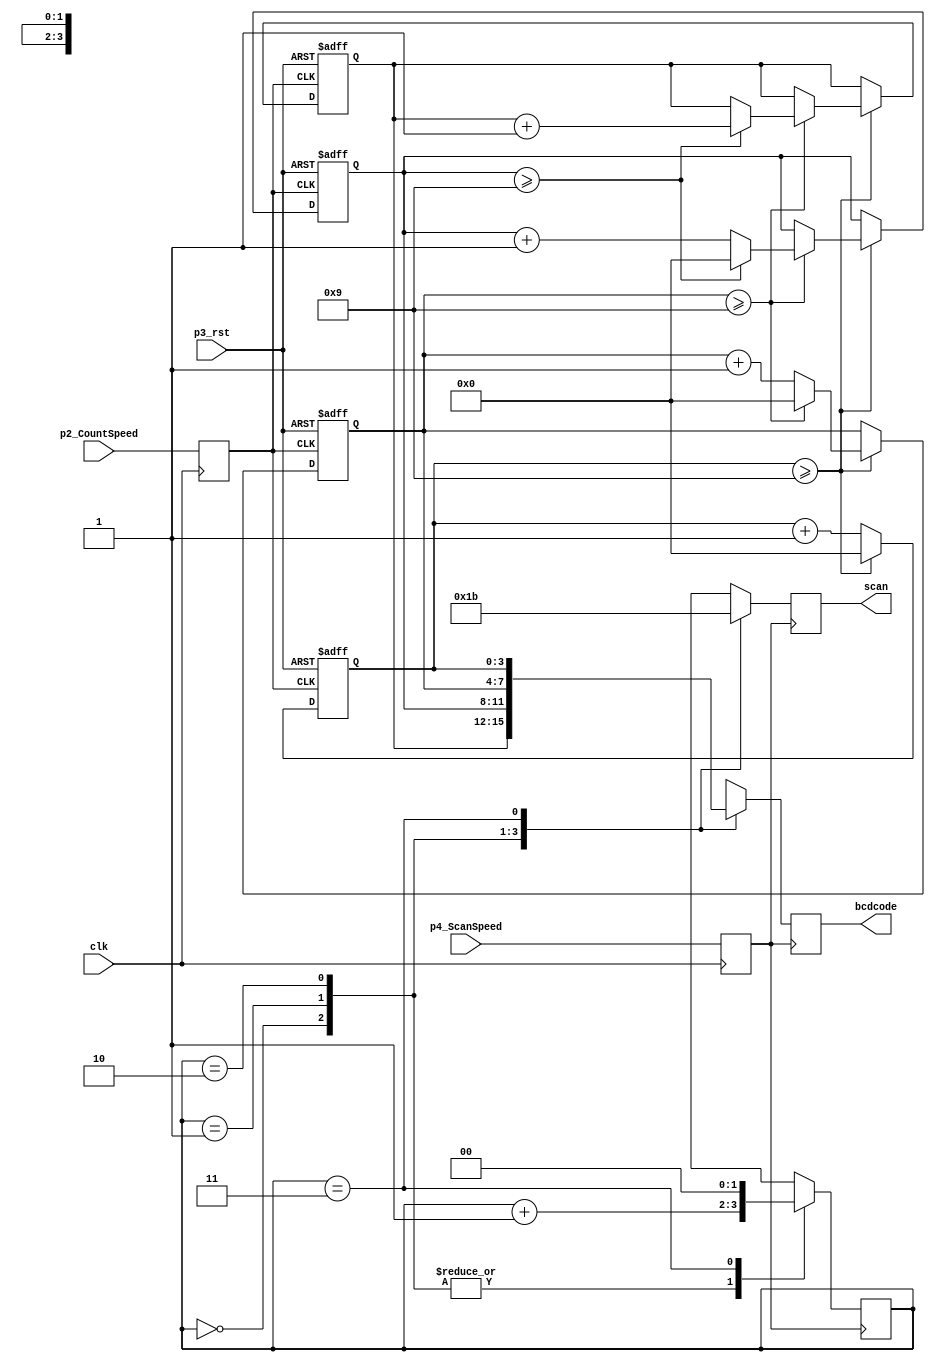
module vd1 (clk,p3_rst,p2_CountSpeed,p4_ScanSpeed,bcdcode,scan);
input clk;
input p3_rst,p2_CountSpeed,p4_ScanSpeed;
output reg[3:0]bcdcode;
output reg[1:0]scan;

reg [1:0]shiftflag;
reg ENB_CountSpeed,ENB_ScanSpeed;
reg[3:0] code1,code10,code100,code1000;
always@(posedge clk)begin

	ENB_CountSpeed <=  p2_CountSpeed;
	ENB_ScanSpeed <= p4_ScanSpeed;

end

always@(posedge ENB_ScanSpeed)begin
	case(shiftflag)
	2'b00:begin
		scan <= 2'b00;
		bcdcode<= code1000;
		shiftflag <= shiftflag+1'b1;
	end
	2'b01:begin 
		scan <= 2'b01;
		bcdcode<= code100;
		shiftflag <= shiftflag+1'b1;

	end
	2'b10:begin
		scan <= 2'b10;
		bcdcode<= code10;
		shiftflag <= shiftflag+1'b1;

	end
	2'b11:begin 
		scan <= 2'b11;
		bcdcode<= code1;
		shiftflag <= 2'b00;
	end
	endcase

	

end
always@(posedge ENB_CountSpeed,posedge p3_rst)begin
if(p3_rst)begin
	code1 <= 0;
	code10 <= 0;
	code100 <= 0;
	code1000 <= 0;
end 

else 
	begin
	if(code1>=9)begin
	code1 <= 0;
	code10 <= code10+1'b1;
	if(code10>=9)begin
		code10 <= 0;
		code100 <= code100+1'b1;
		if(code100>=9)begin
			code100 <= 0;
			code1000 <= code1000+1'b1;
			if(code1000>=9)
				code100 <= 0;
			end
		end
	end
	
else
	code1 <= code1+1'b1;
end
end
endmodule